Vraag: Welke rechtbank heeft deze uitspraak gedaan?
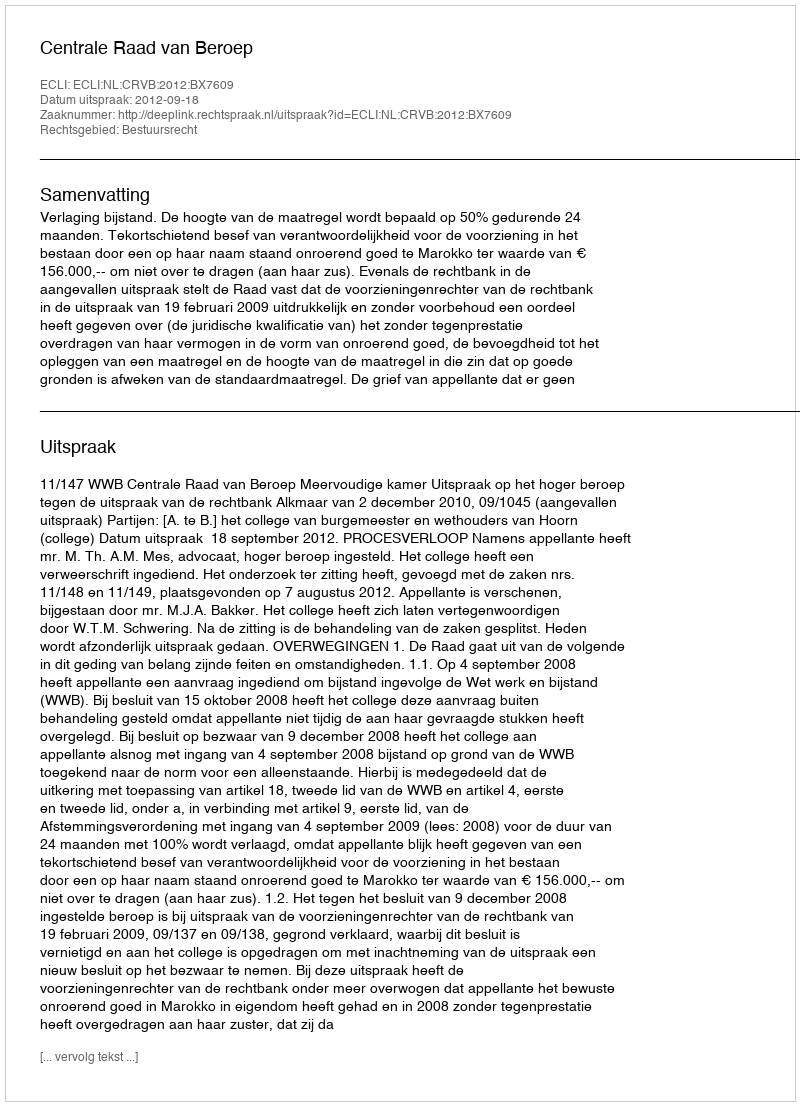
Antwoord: Centrale Raad van Beroep